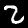
Digit: 2